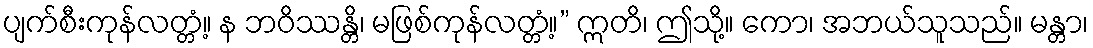
ပျက်စီးကုန်လတ္တံ့။ န ဘဝိဿန္တိ၊ မဖြစ်ကုန်လတ္တံ့။” ဣတိ၊ ဤသို့။ ကော၊ အဘယ်သူသည်။ မန္တာ၊